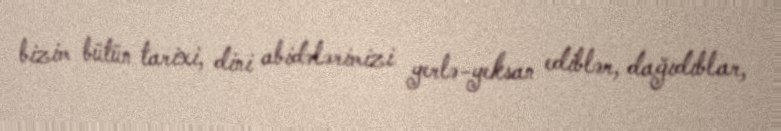
bizim bütün tarixi, dini abidələrimizi yerlə-yeksan ediblər, dağıdıblar,